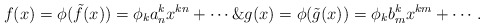
\begin{align*}f(x)=\phi(\tilde f(x))=\phi_k a_n^k x^{kn} + \cdots \& g(x)=\phi(\tilde g(x))=\phi_k b_m^k x^{km} + \cdots.\end{align*}